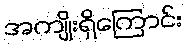
အကျိုးရှိကြောင်း